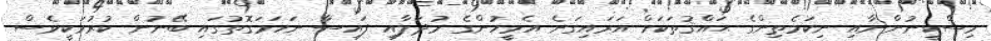
މިސްކީނުންނާއި ނިކަމެތިންގެ ޙައްޤުތަކަށް އަރައިގަނެ އެމީހުންގެ މުދަލާއި ފައިސާ ނަހަމަގޮތުގައި ބޭނުން ކުރުމަކީވެސް